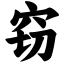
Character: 窃